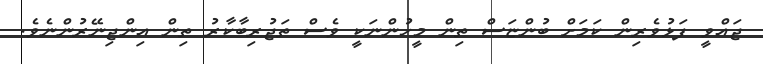
ޖައްވީ ފަޅުވެރިން ކަމަށް ބުންޏަސް ތިން މީހުންނަކީ ވެސް ތަޖުރިބާކާރު ތިން އިންޖިނޭރުންނެވެ.